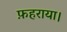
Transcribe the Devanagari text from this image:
फ़हराया।